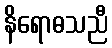
နိရောဓသညီ